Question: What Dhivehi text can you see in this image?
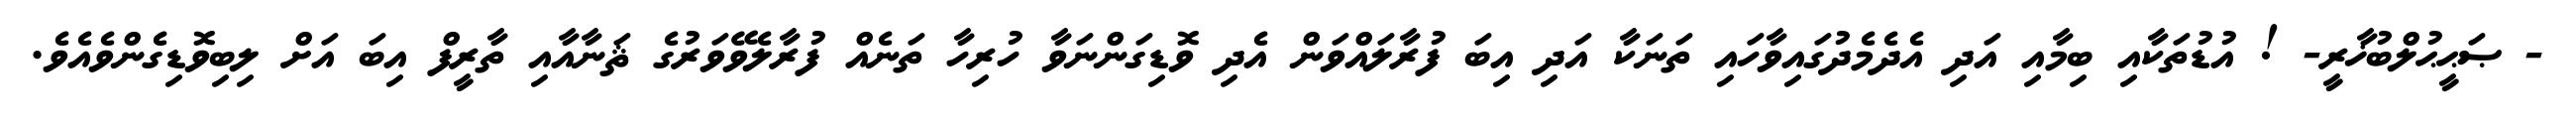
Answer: - ޞަޙީޙުލްބުޚާރީ- ! އުޑުތަކާއި ބިމާއި އަދި އެދެމެދުގައިވާހައި ތަނަކާ އަދި އިބަ ފުރާލައްވަން އެދި ވޮޑިގަންނަވާ ހުރިހާ ތަނެއް ފުރާލެވޭވަރުގެ ޘަނާއާއި ތާރީފް އިބަ އަށް ލިބިވޮޑިގެންވެއެވެ.